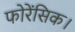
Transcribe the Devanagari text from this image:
फोरेंसिक।